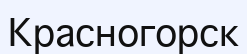
Красногорск